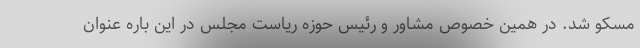
مسکو شد. در همین خصوص مشاور و رئیس حوزه ریاست مجلس در این باره عنوان